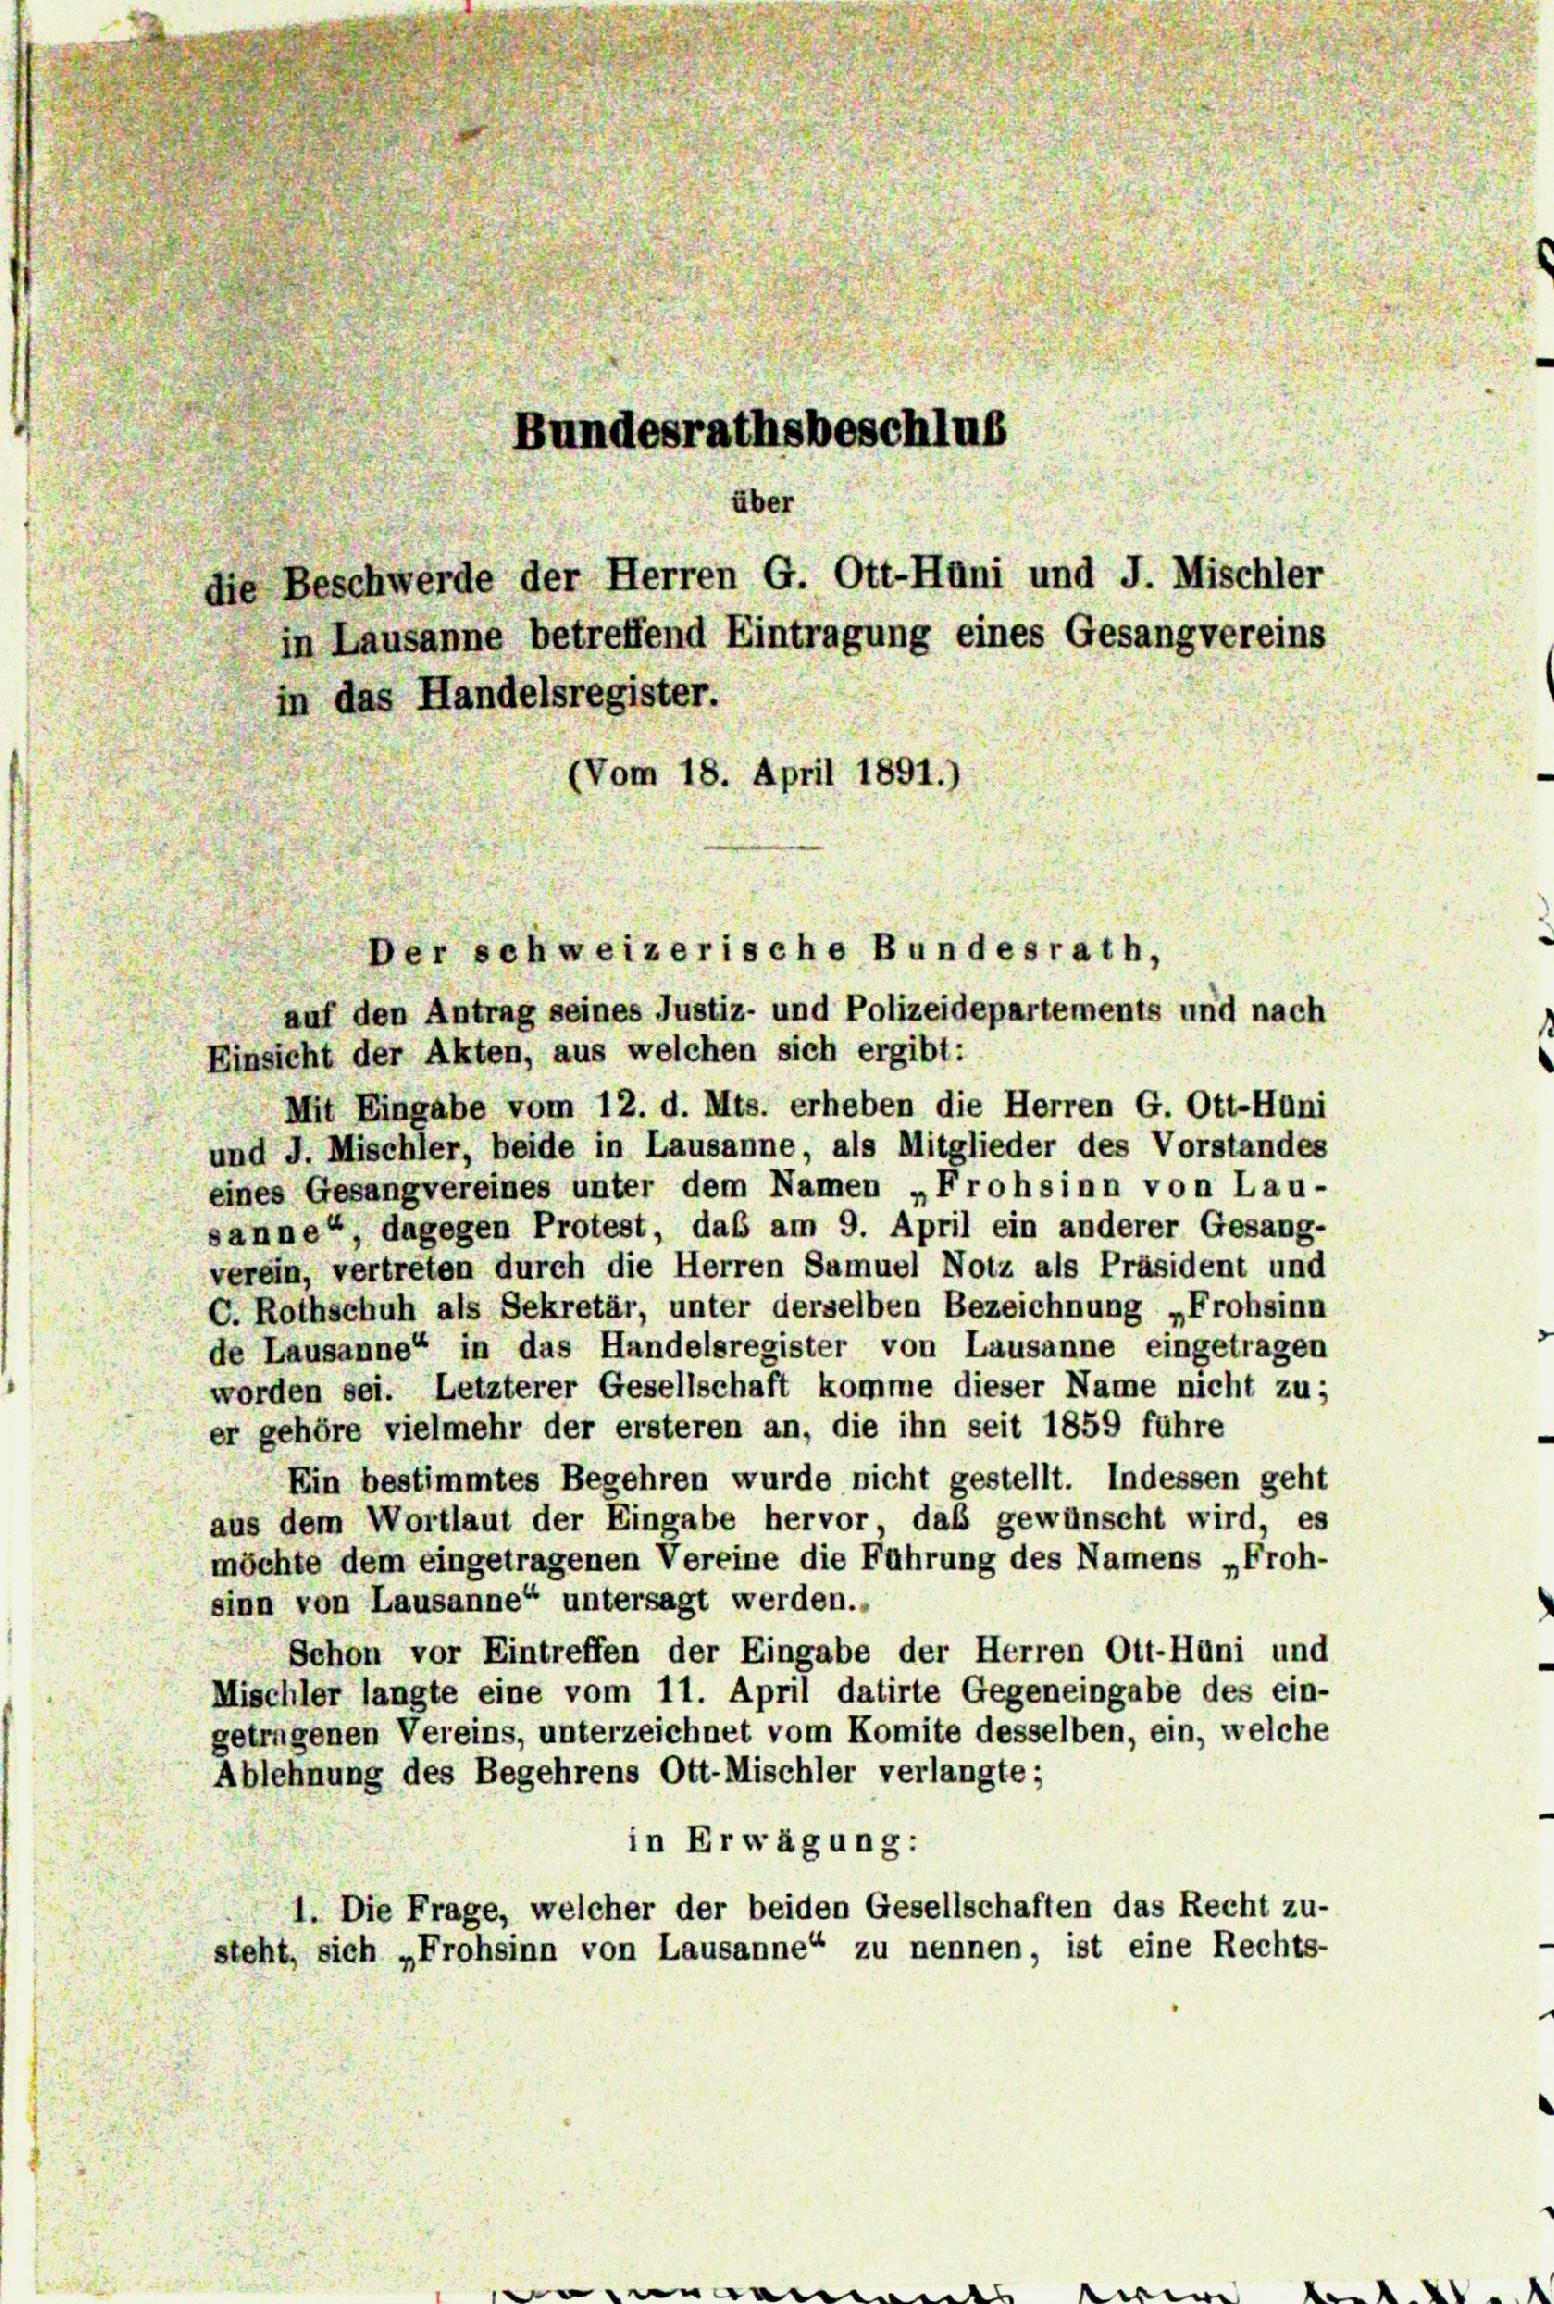
Mit Eingabe vom 12. d. Mts. erheben die Herren G. Ott-Huni
und J. Mischler, beide in Lausanne, als Mitglieder des Vorstandes
eines Gesangvereines unter dem Namen „Frohsinn von Lau-
sanne“, dagegen Protest, daß am 9. April ein anderer Gesang-
verein, vertreten durch die Herren Samuel Notz als Präsident und
C. Rothschuh als Sekretär, unter derselben Bezeichnung „Frohsinn
de Lausanne“ in das Handelsregister von Lausanne eingetragen
worden sei. Letzterer Gesellschaft komme dieser Name nicht zu;
er gehöre vielmehr der ersteren an, die ihn seit 1859 führe
Ein bestimmtes Begehren wurde nicht gestellt. Indessen geht
aus dem Wortlaut der Eingabe hervor das gewünscht wird, es
möchte dem eingetragenen Vereine die Führung des Namens „Froh-
sinn von Lausanne“ untersagt werden.
Schon vor Eintreffen der Eingabe der Herren Ott-Hüni und
Mischler langte eine vom 11. April datirte Gegeneingabe des ein-
getragenen Vereins, unterzeichnet vom Komite desselben, ein, welche
Ablehnung des Begehrens Ott-Mischler verlangte;
in Erwägung:
1. Die Frage, welcher der beiden Gesellschaften das Recht zu-
steht, sich „Frohsinn von Lausanne“ zu nennen, ist eine Rechts-

Bundesrathsbeschlus
über
die Beschwerde der Herren G. Ott-Huni und J. Mischler
in Lausanne betreffend Eintragung eines Gesangvereins
in das Handelsregister.
(Vom 18. April 1891.)
Der schweizerische Bundesrath,
auf den Antrag seines Justiz- und Polizeidepartements und nach

Einsicht der Akten, aus welchen sich ergibt: